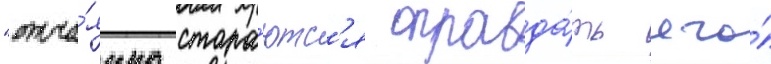
"отча́янно стара́ютс'я оправда́ть его́